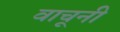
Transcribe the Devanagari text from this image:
वाचूनी